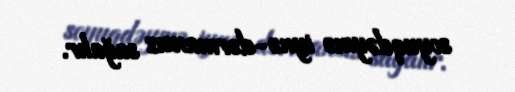
soyuqdəymə iynə-dərmansız sağalır.